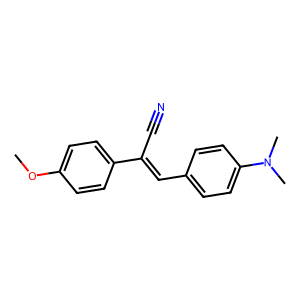
SMILES: COc1ccc(C(C#N)=Cc2ccc(N(C)C)cc2)cc1
Inhibits HIV replication: No